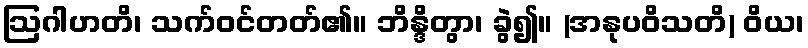
ဩဂါဟတိ၊ သက်ဝင်တတ်၏။ ဘိန္ဒိတွာ၊ ခွဲ၍။ (အနုပဝိသတိ) ဝိယ၊